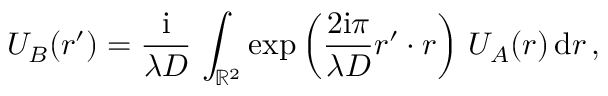
U _ { B } ( \boldsymbol r ^ { \prime } ) = { \frac { \mathrm { i } } { \lambda D } } \, \int _ { { \mathbb R } ^ { 2 } } \exp \left( { \frac { 2 \mathrm { i } \pi } { \lambda D } } \boldsymbol r ^ { \prime } \boldsymbol \cdot \boldsymbol r \right) \, U _ { A } ( \boldsymbol r ) \, \mathrm { d } \boldsymbol r \, ,